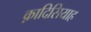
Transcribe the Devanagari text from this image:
क़ादिसियाह